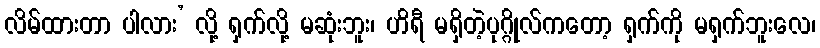
လိမ်ထားတာ ပါလား’ လို့ ရှက်လို့ မဆုံးဘူး၊ ဟိရီ မရှိတဲ့ပုဂ္ဂိုလ်ကတော့ ရှက်ကို မရှက်ဘူးလေ၊